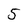
Character: 5